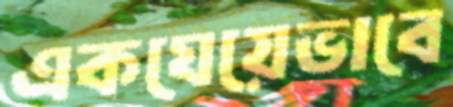
একঘেয়েভাবে